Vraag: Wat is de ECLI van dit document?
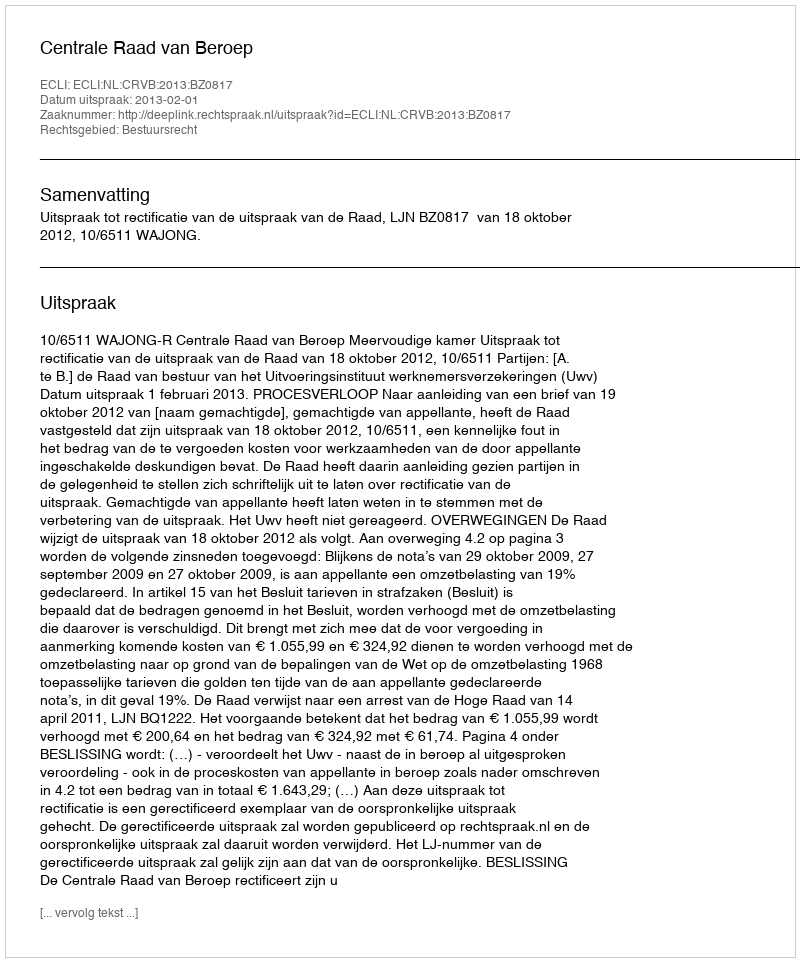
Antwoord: ECLI:NL:CRVB:2013:BZ0817